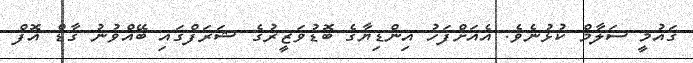
ޤައުމީ ސަލާމް ކުޅުނެވެ. އެއަށްފަހު އިންޑިޔާގެ ބޮޑުވަޒީރުގެ ޝަރަފްގައި ބޭއްވުނު ގާޑް އޮފް